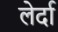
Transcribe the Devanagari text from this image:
लेर्दा